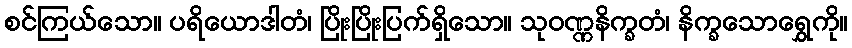
စင်ကြယ်သော။ ပရိယောဒါတံ၊ ပြိုးပြိုးပြက်ရှိသော။ သုဝဏ္ဏနိက္ခတံ၊ နိက္ခသောရွှေကို။